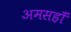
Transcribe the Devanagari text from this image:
अमसहाँ